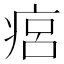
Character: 㾔